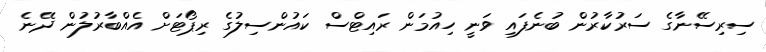
ސިރިސޭނާގެ ސަރުކާރުން ބުނެފައި ވަނީ ހިއުމަން ރައިޓްސް ކައުންސިލުގެ ރިޕޯޓަށް އެއްބާރުލުން ދޭނެ